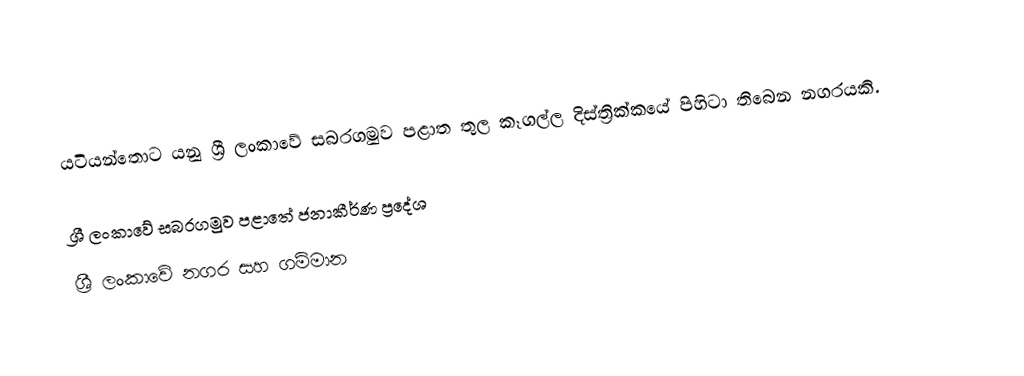
යටියන්තොට යනු ශ්‍රී ලංකාවේ සබරගමුව පළාත තුල කෑගල්ල දිස්ත්‍රික්කයේ පිහිටා තිබෙන නගරයකි.

ශ්‍රී ලංකාවේ සබරගමුව පළාතේ ජනාකීර්ණ ප්‍රදේශ
ශ්‍රී ලංකාවේ නගර සහ ගම්මාන